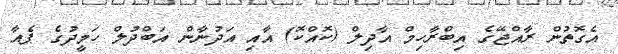
އެގޮތުން ރާއްޖޭގެ އިބްރާހިމް އާދިލް (ކޮއްކޮ) އާއި އަދުނާން އަބްދުލް ހަމީދުގެ ޕެއާ